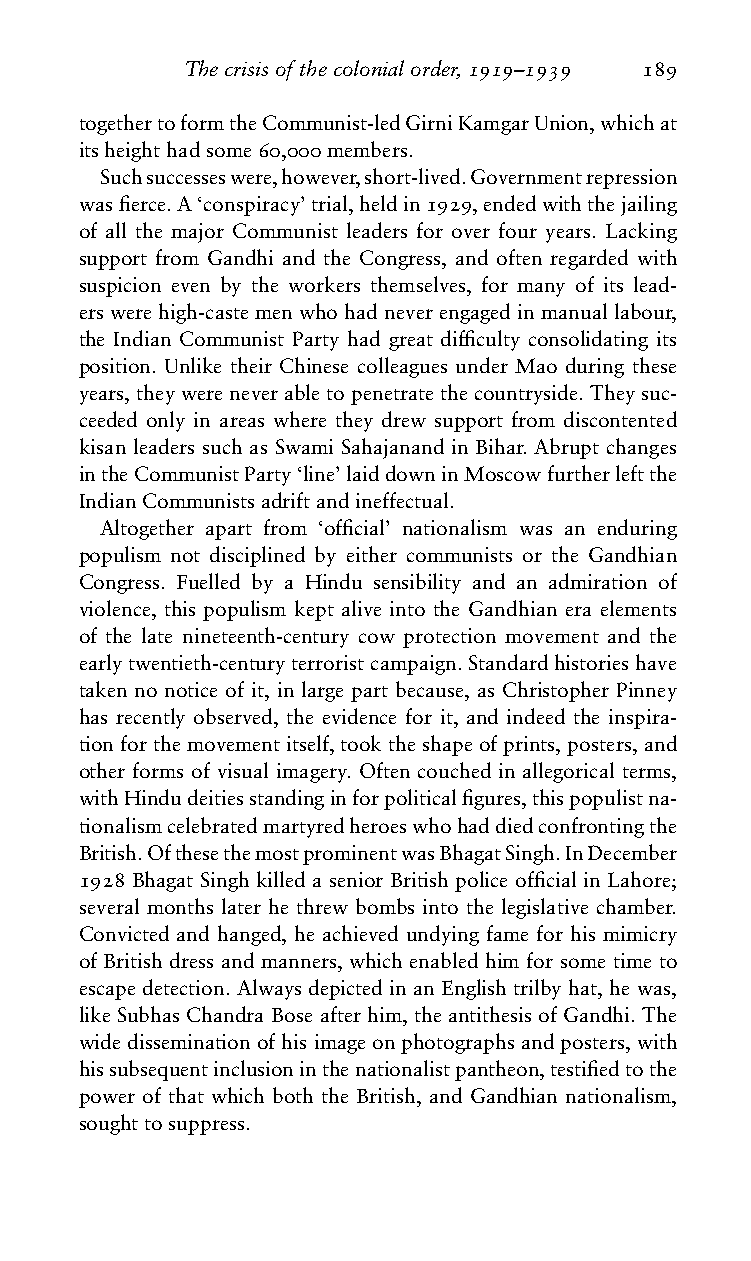
Thecrisisofthecolonialorder,1919–1939 189
 togethertoformtheCommunist-ledGirniKamgarUnion,whichat
 itsheighthadsome60,000members.
 Suchsuccesseswere,however,short-lived.Governmentrepression
 wasfierce.A‘conspiracy’trial,heldin1929,endedwiththejailing
 of all the major Communist leaders for over four years. Lacking
 support from Gandhi and the Congress, and often regarded with
 suspicion even by the workers themselves, for many of its lead-
 erswerehigh-castemenwhohadneverengagedinmanuallabour,
 the Indian Communist Party had great difficulty consolidating its
 position. Unlike their Chinese colleagues under Mao during these
 years,theywereneverabletopenetratethecountryside.Theysuc-
 ceeded only in areas where they drew support from discontented
 kisan leaders such as Swami Sahajanand in Bihar. Abrupt changes
 intheCommunistParty‘line’laiddowninMoscowfurtherleftthe
 IndianCommunistsadriftandineffectual.
 Altogether apart from ‘official’ nationalism was an enduring
 populism not disciplined by either communists or the Gandhian
 Congress. Fuelled by a Hindu sensibility and an admiration of
 violence, this populism kept alive into the Gandhian era elements
 of the late nineteenth-century cow protection movement and the
 earlytwentieth-centuryterroristcampaign.Standardhistorieshave
 taken no notice of it, in large part because, as Christopher Pinney
 has recently observed, the evidence for it, and indeed the inspira-
 tionforthemovementitself,tooktheshapeofprints,posters,and
 other forms of visual imagery. Often couched in allegorical terms,
 withHindudeitiesstandinginforpoliticalfigures,thispopulistna-
 tionalismcelebratedmartyredheroeswhohaddiedconfrontingthe
 British.OfthesethemostprominentwasBhagatSingh.InDecember
 1928 Bhagat Singh killed a senior British police official in Lahore;
 several months later he threw bombs into the legislative chamber.
 Convicted and hanged, he achieved undying fame for his mimicry
 of British dress and manners, which enabled him for some time to
 escape detection. Always depicted in an English trilby hat, he was,
 like Subhas Chandra Bose after him, the antithesis of Gandhi. The
 widedisseminationofhisimageonphotographsandposters,with
 hissubsequentinclusioninthenationalistpantheon,testifiedtothe
 power of that which both the British, and Gandhian nationalism,
 soughttosuppress.